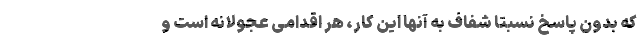
که بدون پاسخ نسبتا شفاف به آنها این کار، هر اقدامی عجولانه است و